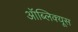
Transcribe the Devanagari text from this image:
ऑब्लिक्यूस